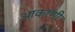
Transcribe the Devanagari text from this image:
आकाणी